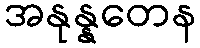
အနုန္နတေန